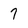
Character: 7